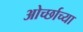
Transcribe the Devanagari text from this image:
ओर्च्छाच्या